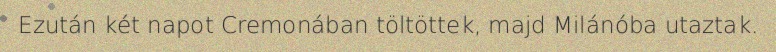
Ezután két napot Cremonában töltöttek, majd Milánóba utaztak.